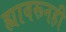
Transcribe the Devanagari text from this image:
ह्यावरूनही